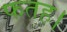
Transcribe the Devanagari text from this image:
फतह।